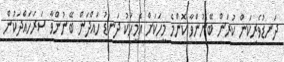
ދަނޑުވެރިކަން ކުރަން ބޭނުންވާ ކޮންމެ މީހަކަށް އެމީހަކު ދަނޑު ހައްދަން ބޭނުންވާ ސަރަހައްދަކުން